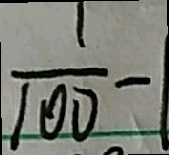
\frac { 1 } { 1 0 0 } - 1